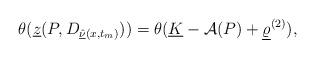
LaTeX: \begin{align*} \theta(\underline{z}(P,D_{\underline{\hat{\nu}}(x,t_{m})}))=\theta(\underline{K}-\mathcal{A}(P)+\underline{\varrho}^{(2)}),\end{align*}